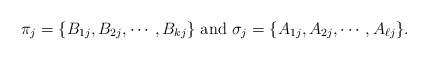
LaTeX: \begin{align*}\pi_j=\{B_{1j},B_{2j},\cdots,B_{kj}\}\mbox{ and }\sigma_j=\{A_{1j},A_{2j},\cdots,A_{\ell j}\}.\end{align*}